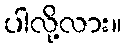
ပါလို့လား။